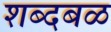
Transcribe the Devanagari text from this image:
शब्दबळ